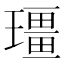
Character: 𪼡